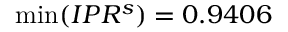
\operatorname* { m i n } ( I P R ^ { s } ) = 0 . 9 4 0 6